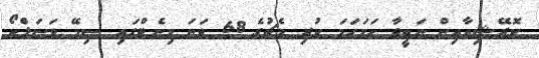
ކޮރޭޝިއާއިން ނަތީޖާ ހަމަހަމަ ކުރި މެޗުގެ 68 ވަނަ މިނެޓްގައި ސިމޭ ވަސަލްކޯ